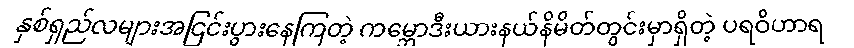
နှစ်ရှည်လများအငြင်းပွားနေကြတဲ့ ကမ္ဘောဒီးယားနယ်နိမိတ်တွင်းမှာရှိတဲ့ ပရဝိဟာရ